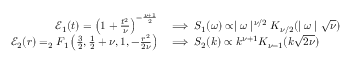
\begin{array} { r l } { \mathcal { E } _ { 1 } ( t ) = \left( 1 + \frac { t ^ { 2 } } { \nu } \right) ^ { - \frac { \nu + 1 } { 2 } } } & { \implies S _ { 1 } ( \omega ) \propto \mid \omega \mid ^ { \nu / 2 } K _ { \nu / 2 } ( \mid \omega \mid \sqrt { \nu } ) } \\ { \mathcal { E } _ { 2 } ( r ) = _ { 2 } F _ { 1 } \left( \frac { 3 } { 2 } , \frac { 1 } { 2 } + \nu , 1 , - \frac { r ^ { 2 } } { 2 \nu } \right) } & { \implies S _ { 2 } ( k ) \propto k ^ { \nu + 1 } K _ { \nu - 1 } ( k \sqrt { 2 \nu } ) } \end{array}